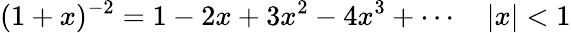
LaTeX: (1+x)^{-2}=1-2x+3x^{2}-4x^{3}+\cdots\quad|x|<1